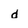
Character: d